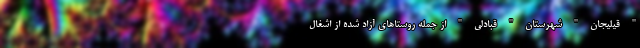
" قیلیجان " شهرستان " قبادلی " از جمله روستاهای آزاد شده از اشغال